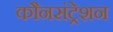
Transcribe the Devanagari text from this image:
कौनसंट्रेशन